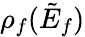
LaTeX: \rho_{f}(\tilde{E}_{f})